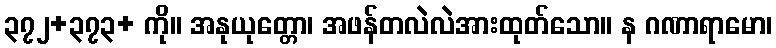
၃၇၂+၃၇၃+ ကို။ အနုယုတ္တော၊ အဖန်တလဲလဲအားထုတ်သော။ န ဂဏာရာမော၊